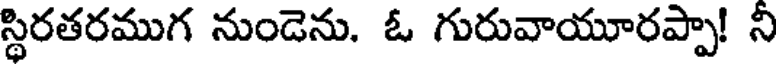
స్థిరతరముగ నుండెను. ఓ గురువాయూరప్పా! నీ